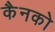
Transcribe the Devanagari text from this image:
कैनको